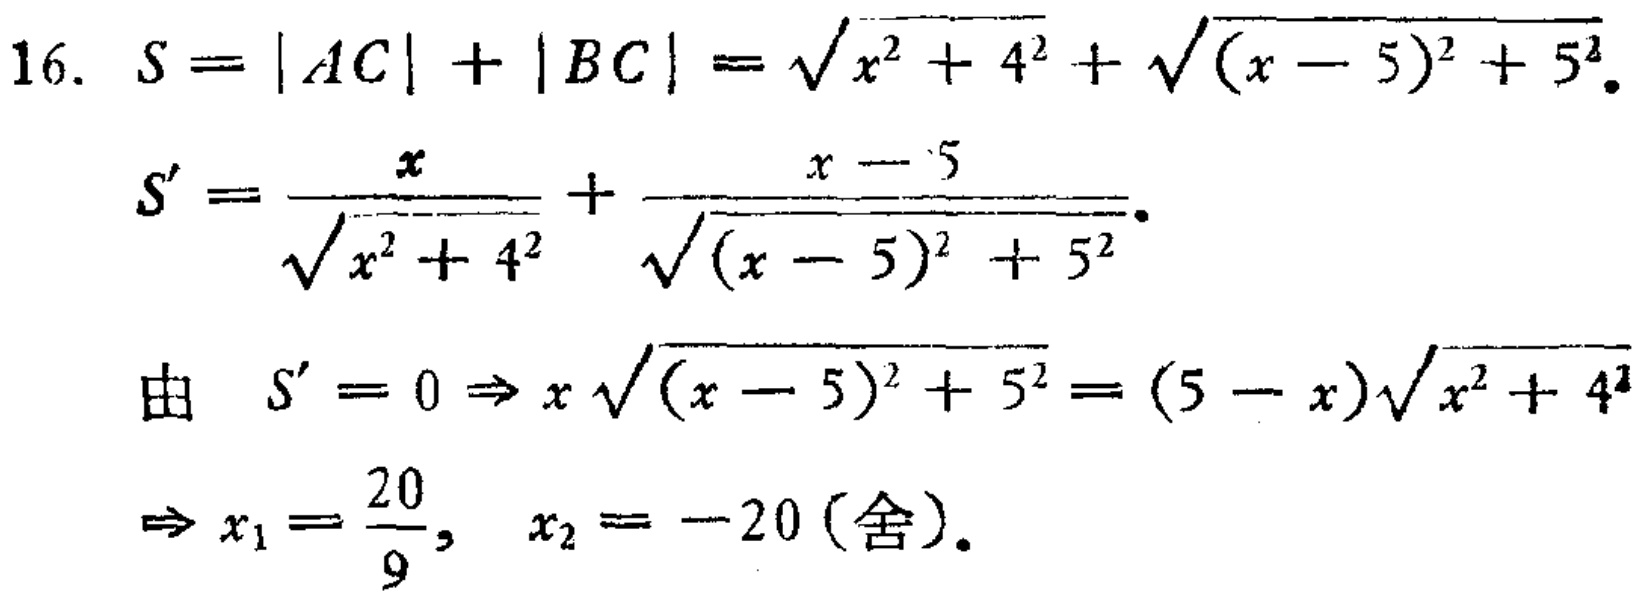
16. \(S = |AC|+|BC|=\sqrt{x^{2}+4^{2}}+\sqrt{(x - 5)^{2}+5^{2}}\)
   \(S'=\frac{x}{\sqrt{x^{2}+4^{2}}}+\frac{x - 5}{\sqrt{(x - 5)^{2}+5^{2}}}\)
   由 \(S' = 0\Rightarrow x\sqrt{(x - 5)^{2}+5^{2}}=(5 - x)\sqrt{x^{2}+4^{2}}\)
   \(\Rightarrow x_{1}=\frac{20}{9},x_{2}=- 20(\text{舍})\)